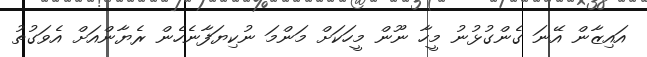
އައިޒާން އޭނަ ގެންގުޅުނު މީހާ ނޫން މީހަކަށް މަންމަ ނުކިޔަފާނެހެން ރެޔާންއަށް އެވަގުތު